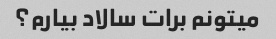
میتونم برات سالاد بیارم؟